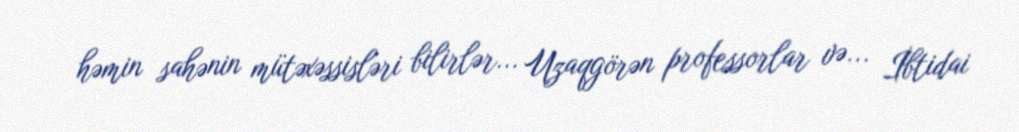
həmin sahənin mütəxəssisləri bilirlər... Uzaqgörən professorlar və... İbtidai